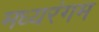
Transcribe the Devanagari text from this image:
मध्यरंगम